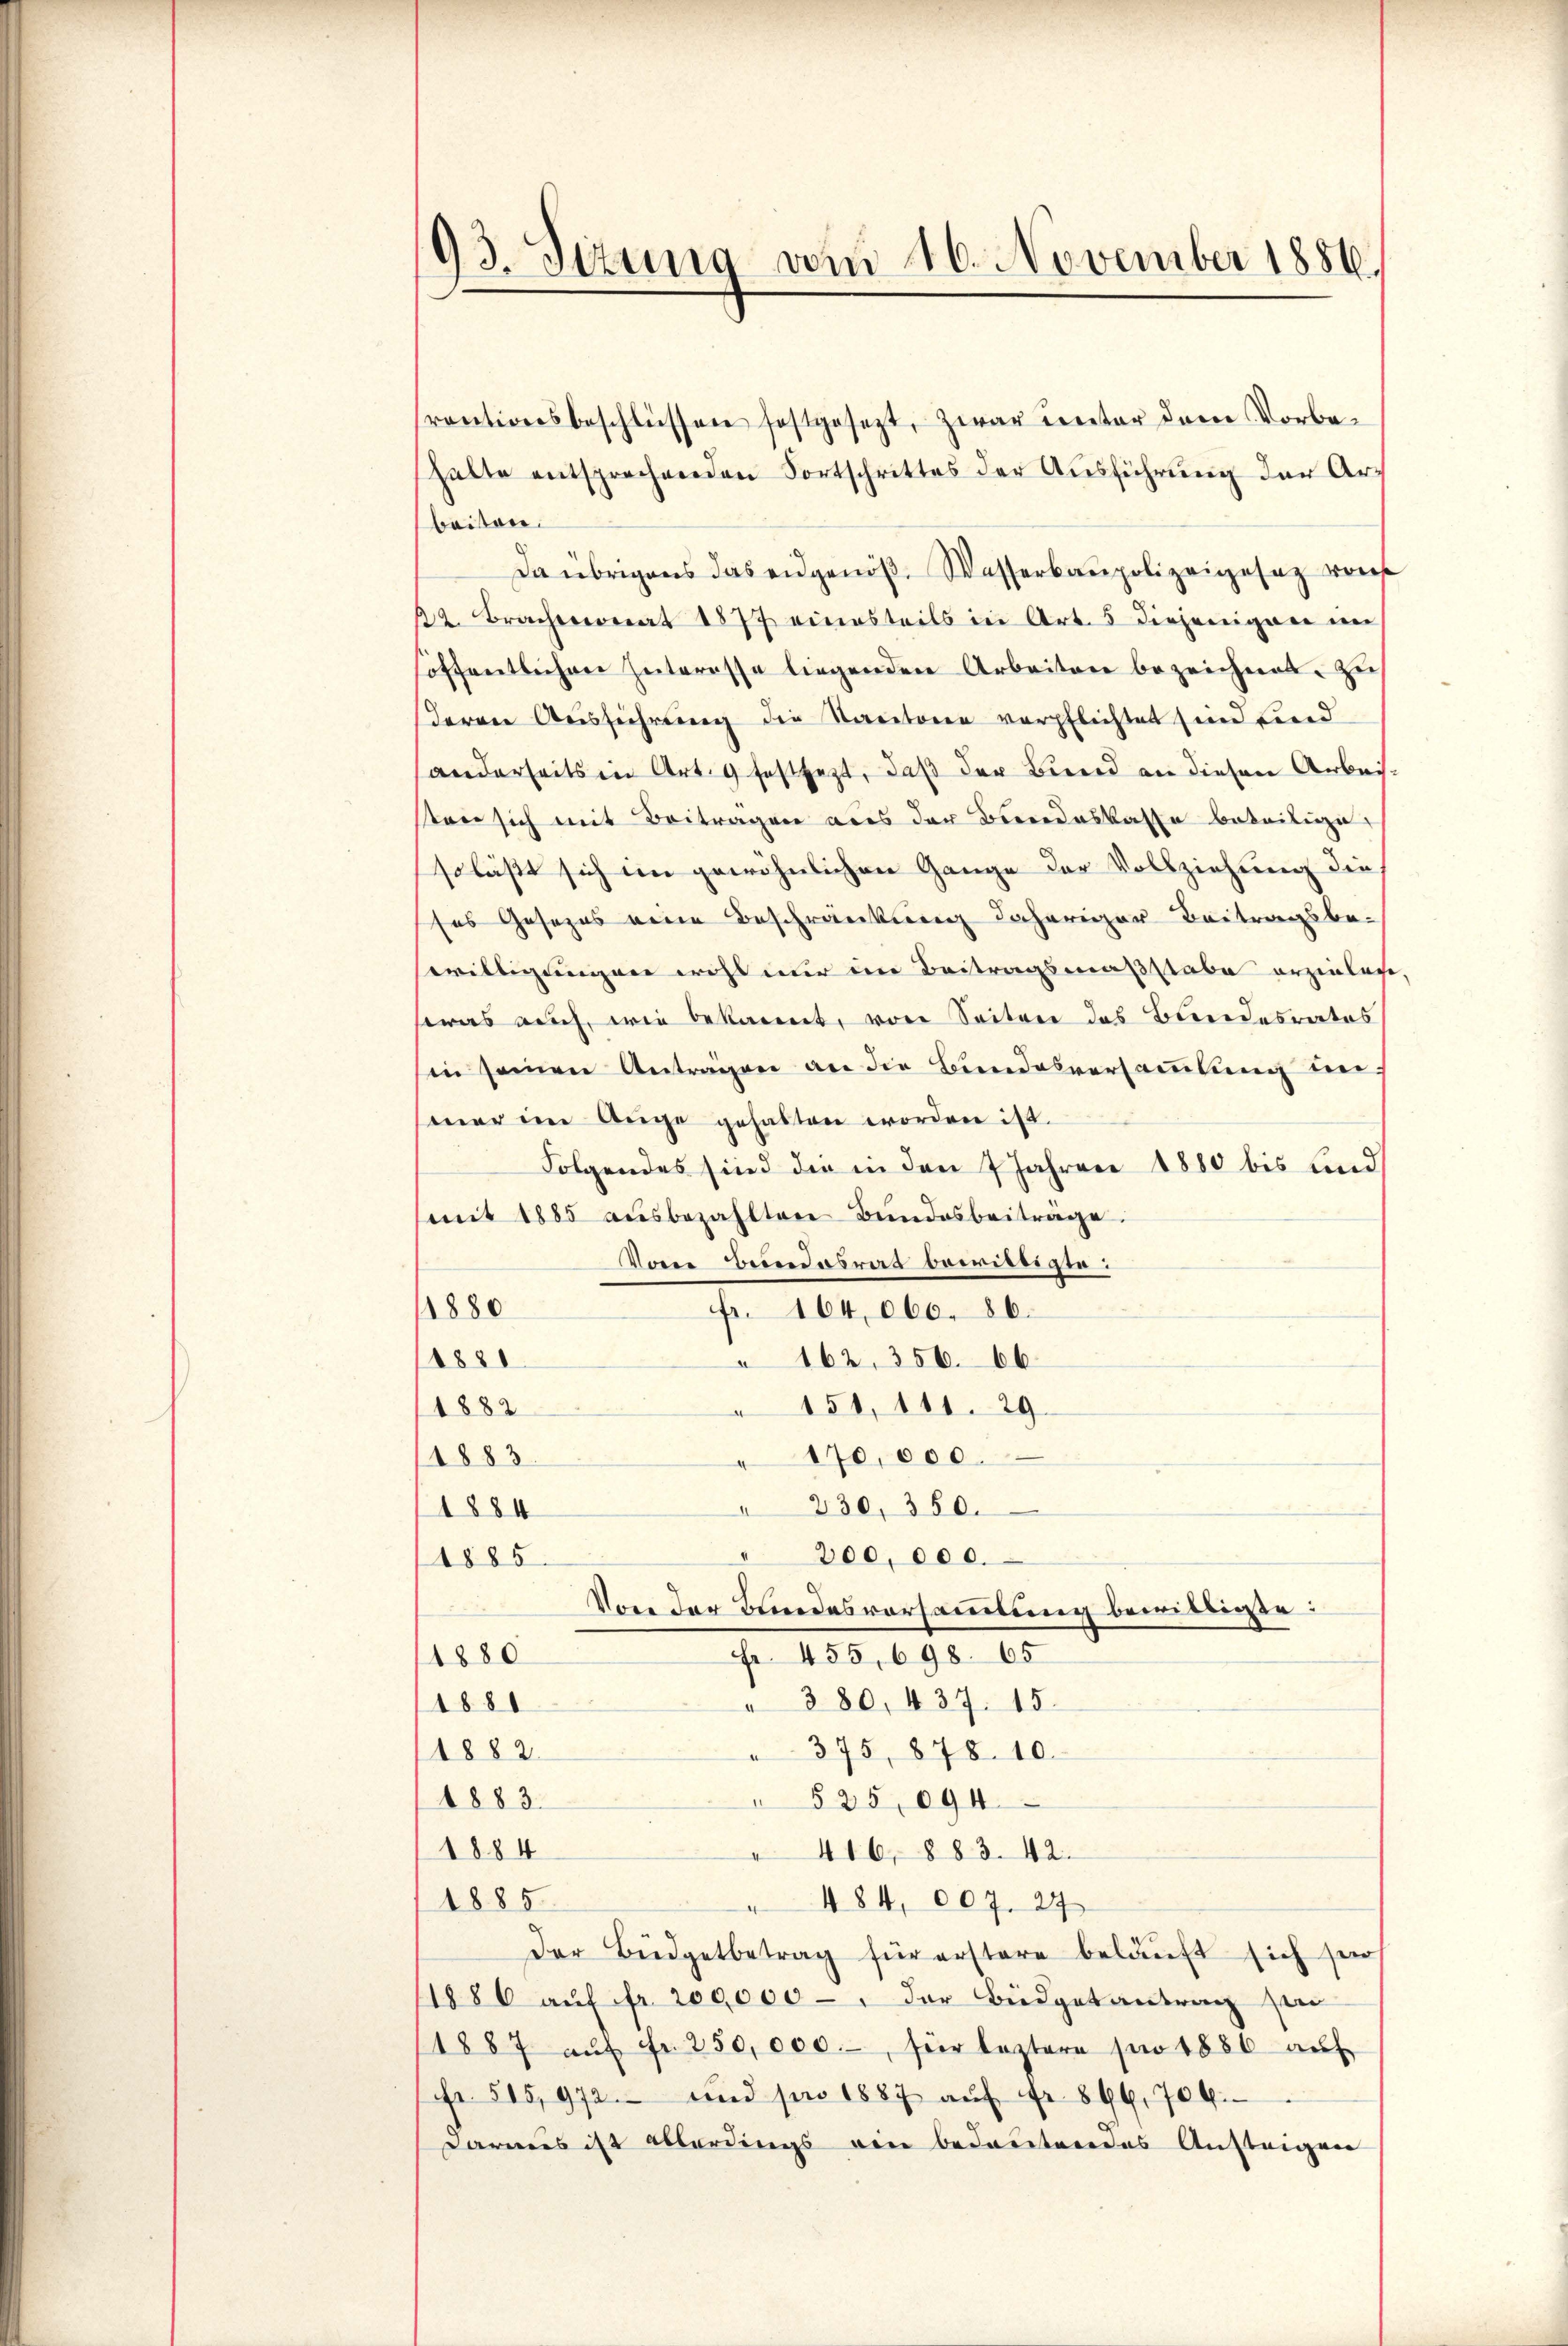
93. Sizung vom 16. November 1856.

halte entsprechenden Fortschrittes der Aŭsführung der Arbeiten.
Da übrigens das eidgenöß. Wasserbaupolizeigesaz weis
22. Brachmonat 1877 einesteils in Art. 5 diejeniger im
hoffentlichen Interesse liegenden Arbeiten bezeichnet. Zu
Herrn Ausführung die Stactoren verpflichtet sind find
anderseits in Art. 9 festsezt, daß der Bind an diesen Arbeiten sich mit Beitragen aus der Beendeskasse beteilige
soläßt sich im gewöhnlichen Gange der Vollziehung die
ses Gesezes eine Beschränkung daheriger Beitragsbe-
willigungen wohl nur im Beitragsmaßstabe erzielese,
was auch, wie bekannt, von Seiten das Bundesrates
in seinen Antragen an die Bundesversammlung der
mner im Auge gehabten worden ist.
Folgendes sind die in den 7 Jahren 1880 bis und
(mit 1885 aŭsbezahlten Bundesbeiträge.
Vom Bendairat bewirtigte:
1880
Fr. 164,000. 86.
1881
162, 356. 66
1882
" 151, 111. 29
1883
170,000.
" 230, 350.
1884
" 200,000.
1885
Von der Bundesvorsammlung bewilligte:
Fr. 455, 698. 65
1880
 380, 437. 15.
1881
 375, 878. 10.
1882
1883
 525, 694
1884
" 416, 883. 42.
1885
" 484, 007. 29
Der Büdgetbetrag für erstere beläuft sich sein
1886 aŭf fr. 200,000 - " der Büdgetantrag sin
1887 aŭf fr. 250,000.- für leztere pro 1886 aŭf
Fr. 515,972.- und pro 1887 aŭf Fr. 896. 706.
Daraus ist allerdings ein bedeutendes Austrigen

srentionsbeschlüssen festgesezt, zwar unter dem Vorbe¬